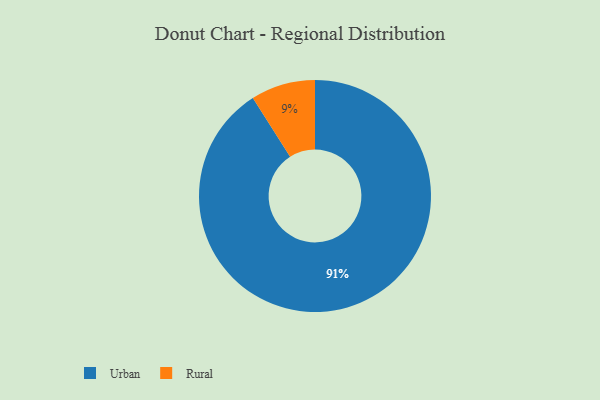
{"axis": {"x": "Category", "y": "Percentage"}, "legend": ["Rural", "Urban"], "data": [{"x": "Rural", "y": 9, "type": "Rural"}, {"x": "Urban", "y": 91, "type": "Urban"}]}